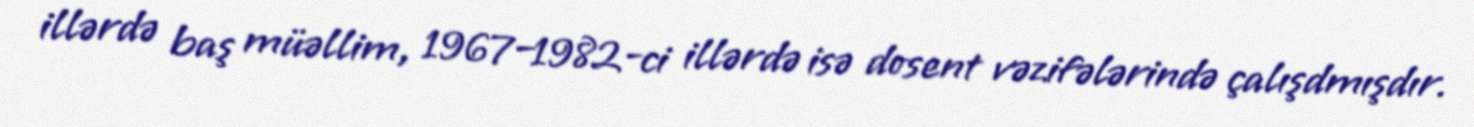
illərdə baş müəllim, 1967–1982-ci illərdə isə dosent vəzifələrində çalışdmışdır.